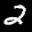
Label: 2